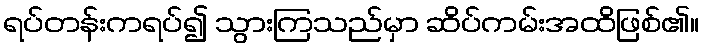
ရပ်တန်းကရပ်၍ သွားကြသည်မှာ ဆိပ်ကမ်းအထိဖြစ်၏။